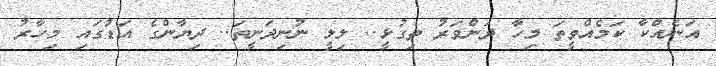
އަނެއްކާ ކަމެއްވީތަ މިހާ ދަންވަރު ތިގުޅީ.. ލިލީ ނުނިދަނީތަ.. ދިޔާންގެ އަޑުގައި މިހާރު